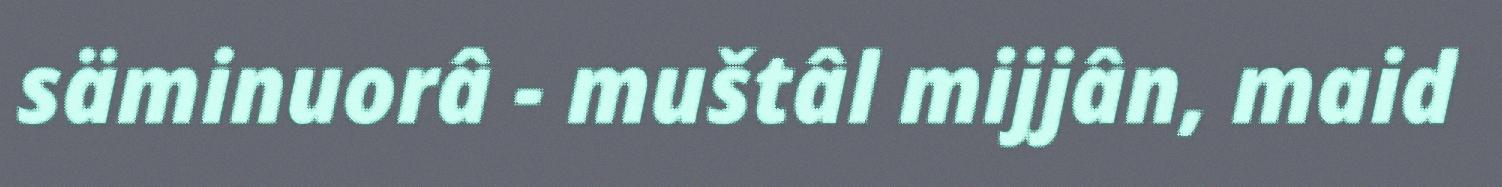
säminuorâ - muštâl mijjân, maid